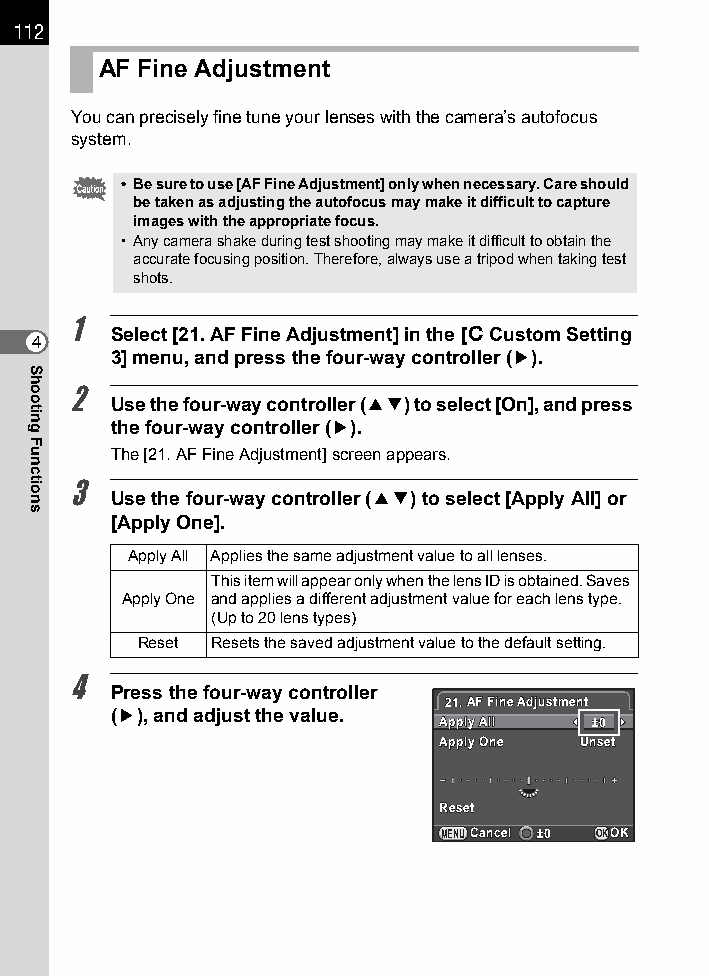
112
 AF Fine Adjustment
 You can precisely fine tune your lenses with the camera’s autofocus
 system.
 • Be sure to use [AF Fine Adjustment] only when necessary. Care should
 be taken as adjusting the autofocus may make it difficult to capture
 images with the appropriate focus.
 • Any camera shake during test shooting may make it difficult to obtain the
 accurate focusing position. Therefore, always use a tripod when taking test
 shots.
 1
 Select [21. AF Fine Adjustment] in the [A Custom Setting
 4
 3] menu, and press the four-way controller (5).
 2
 Use the four-way controller (23) to select [On], and press
 the four-way controller (5).
 The [21. AF Fine Adjustment] screen appears.
 3
 Use the four-way controller (23) to select [Apply All] or
 [Apply One].
 Apply All Applies the same adjustment value to all lenses.
 This item will appear only when the lens ID is obtained. Saves
 Apply One and applies a different adjustment value for each lens type.
 (Up to 20 lens types)
 Reset Resets the saved adjustment value to the default setting.
 4
 Press the four-way controller
 2211..AAFF FFiinnee AAddjjuussttmmeenntt
 (5), and adjust the value.
 AAppppllyy AAllll ±±00
 AAppppllyy OOnnee UUnnsseett
 RReesseett
 MENUCCaanncceell ±±00 OKOOKK
 Shooting
 Functions